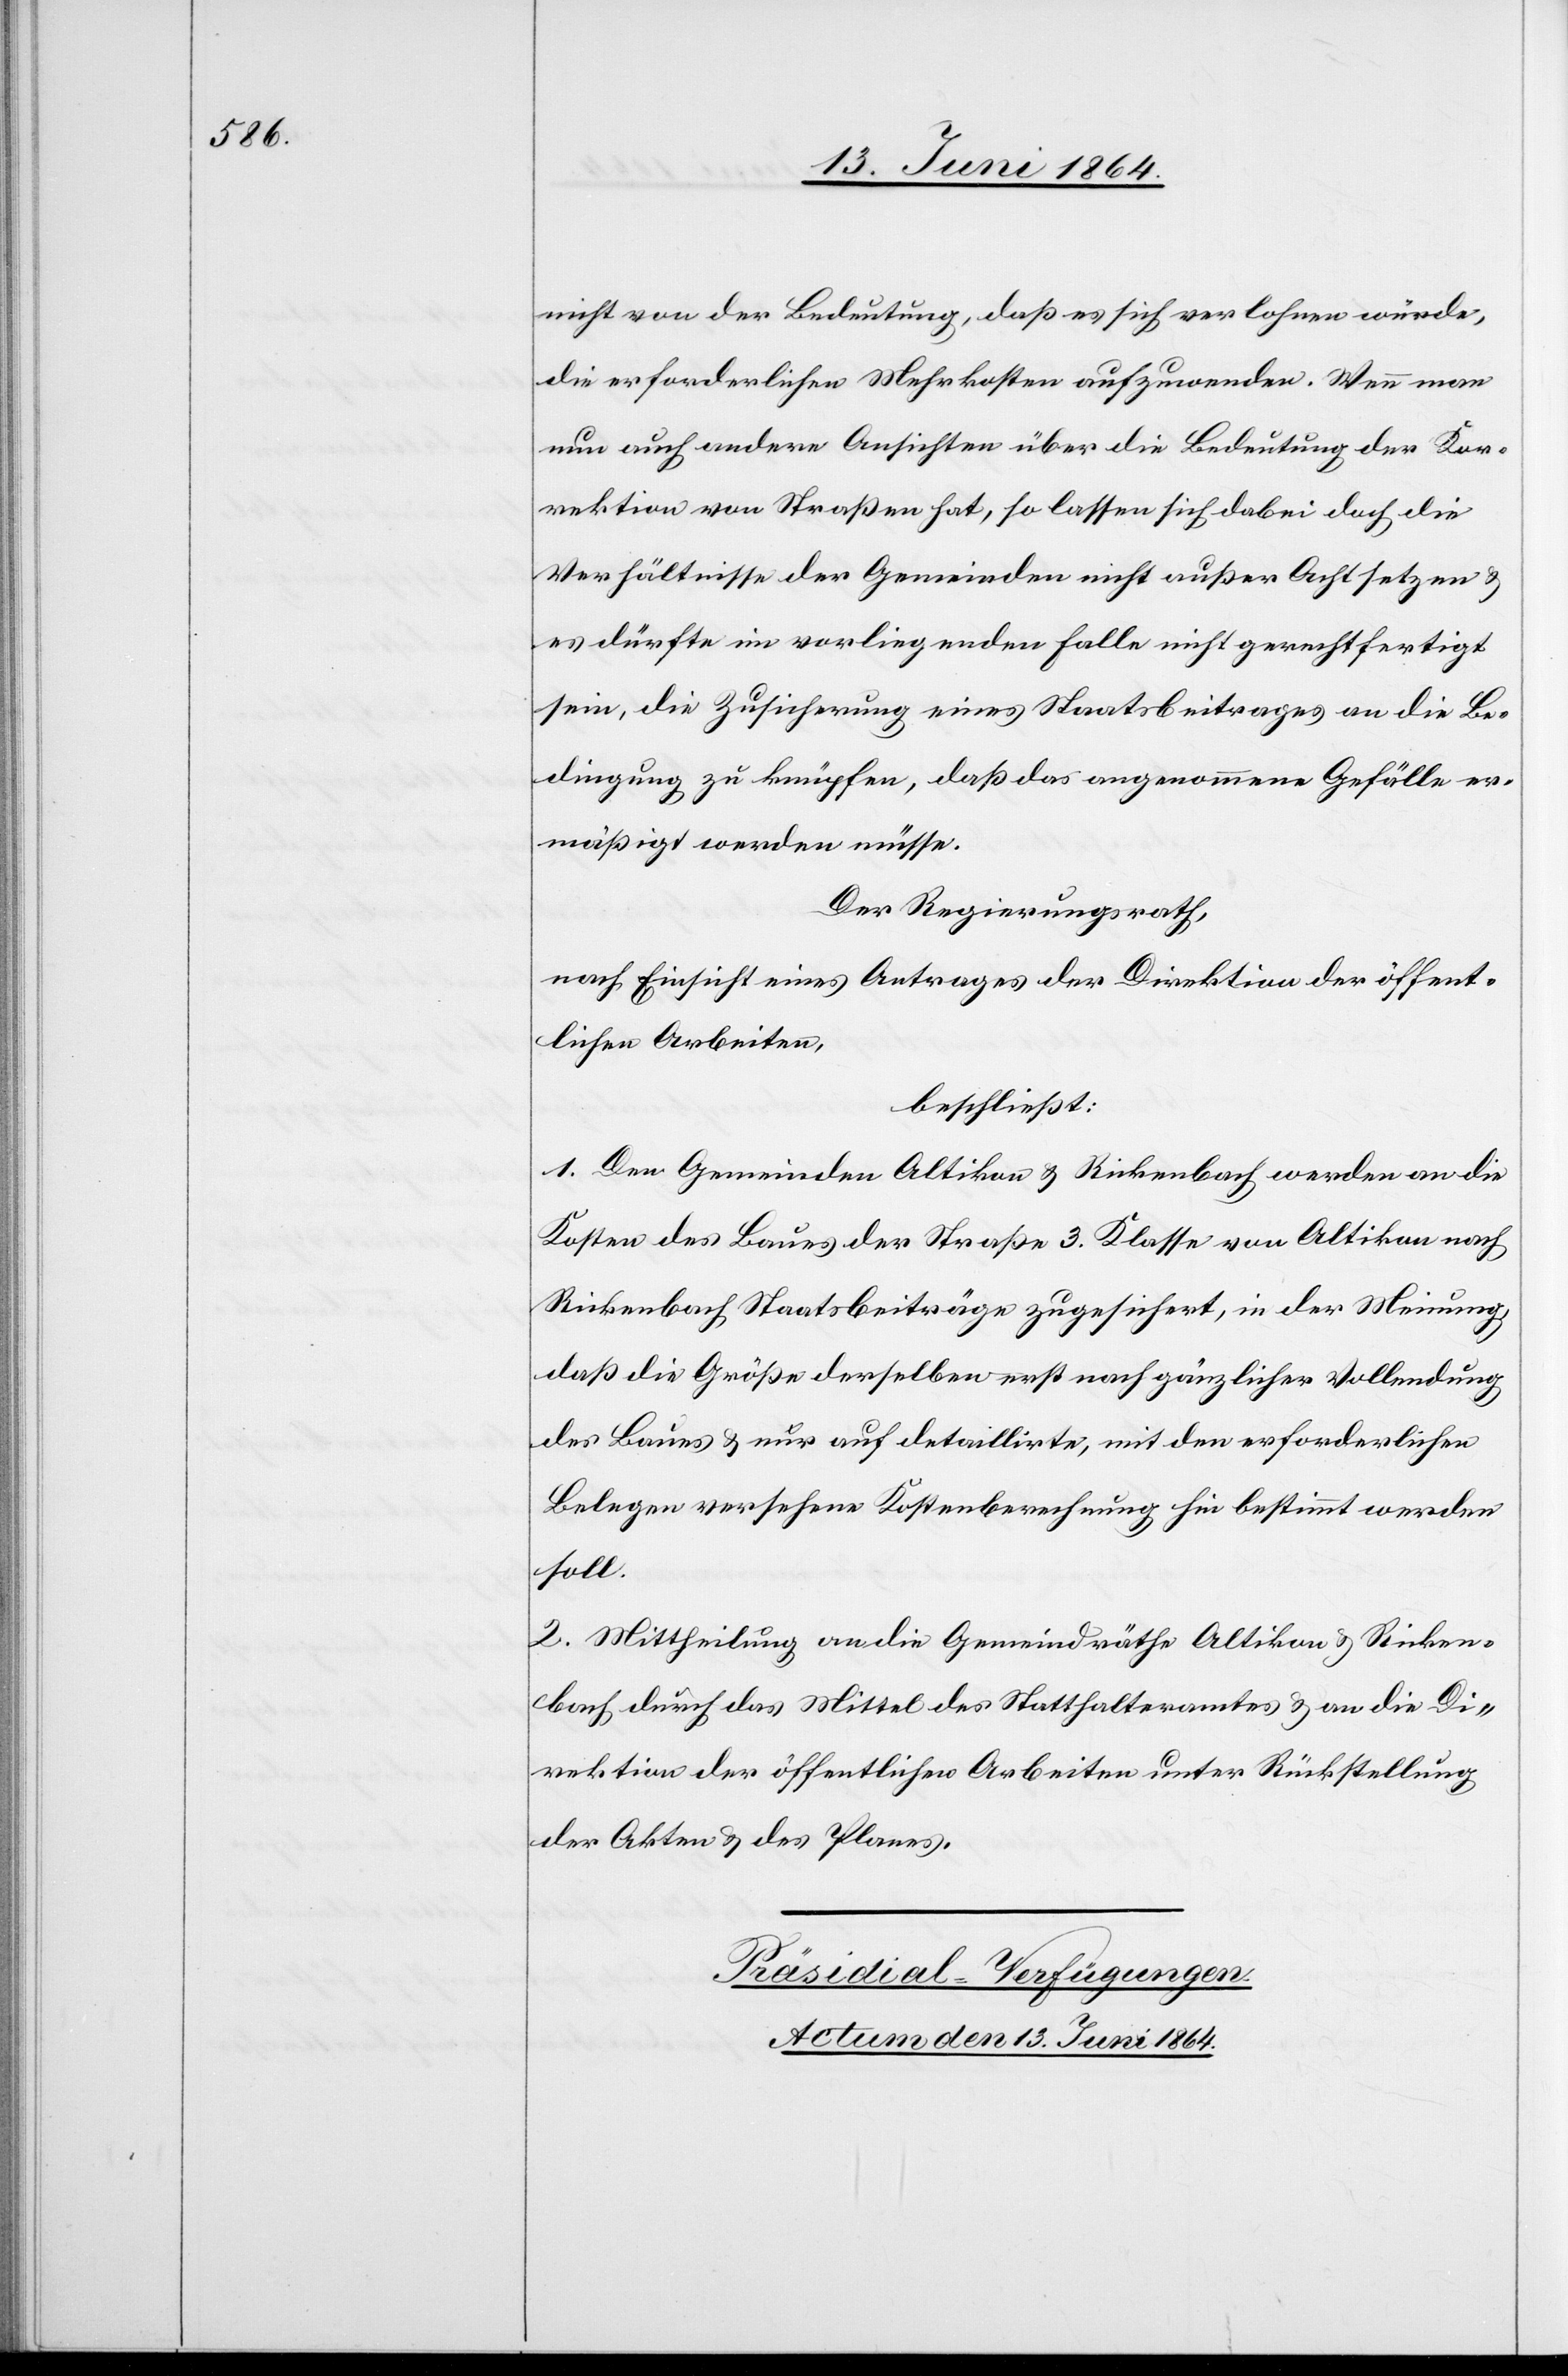
nicht von der Bedeutung, daß es sich verlohnen würde,
die erforderlichen Mehrkosten aufzuwenden. Wenn man
nun auch andere Ansichten über die Bedeutung der Kor¬
rektion von Straßen hat, so lassen sich dabei doch die
Verhältnisse der Gemeinden nicht außer Acht setzen u.
es dürfte im vorliegenden Falle nicht gerechtfertigt
sein, die Zusicherung eines Staatsbeitrages an die Be¬
dingung zu knüpfen, daß das angenommene Gefälle er¬
mäßigt werden müsse.
Der Regierungsrath,
nach Einsicht eines Antrages der Direktion der öffent¬
lichen Arbeiten,
beschließt:
1. Den Gemeinden Altikon u. Rickenbach werden an die
Kosten des Baues der Straße 3. Klasse von Altikon nach
Rickenbach Staatsbeiträge zugesichert, in der Meinung,
daß die Größe derselben erst nach gänzlicher Vollendung
des Baues u. nur auf detaillirte, mit den erforderlichen
Belegen versehene Kostenberechnung hin bestimmt werden
soll.
2. Mittheilung an die Gemeindräthe Altikon u. Ricken¬
bach durch das Mittel des Statthalteramtes u. an die Di¬
rektion der öffentlichen Arbeiten unter Rückstellung
der Akten u. des Planes.
Präsidial-Verfügungen.
Actum den 13. Juni 1864.